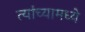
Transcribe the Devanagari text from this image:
त्‍यांच्‍यामध्‍ये